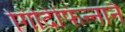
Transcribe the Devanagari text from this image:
गिदिंफिन्‍नानै